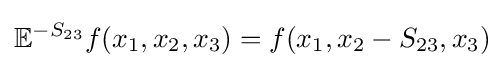
\mathbb {E} ^{-S_{23}}f(x_{1},x_{2},x_{3})=f(x_{1},x_{2}-S_{23},x_{3})